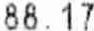
88.17